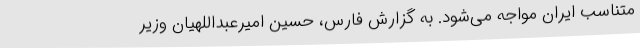
متناسب ایران مواجه می‌شود. به گزارش فارس، حسین امیرعبداللهیان وزیر